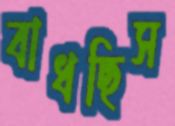
বাধছিস